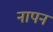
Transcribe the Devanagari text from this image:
नापन